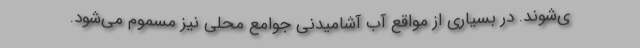
ی‌شوند. در بسیاری از مواقع آب آشامیدنی جوامع محلی نیز مسموم می‌شود.